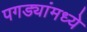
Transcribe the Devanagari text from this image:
पगड्यांमध्ये